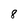
Character: 8